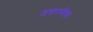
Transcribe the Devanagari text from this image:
उत्तरमेघ।